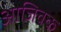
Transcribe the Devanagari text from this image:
आजिवक